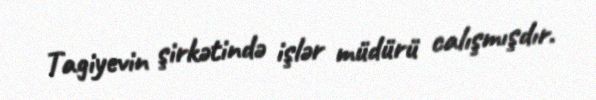
Tagiyevin şirkətində işlər müdürü calışmışdır.